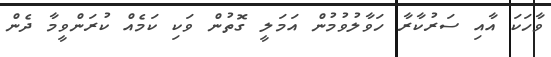
ވާހަކަ އާއި ސަރުކާރާ ހަވާލުވުމުން އަމަލީ ގޮތުން ވަކި ކަމެއް ކުރަންވީމާ ދެން